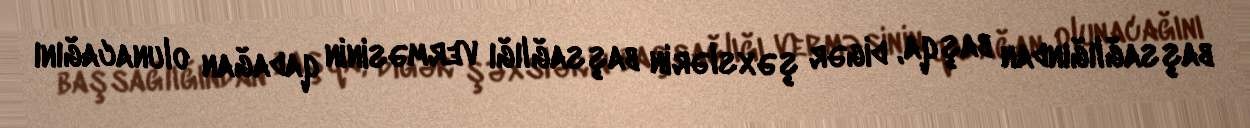
başsağlığından başqa, digər şəxslərin başsağlığı verməsinin qadağan olunacağını